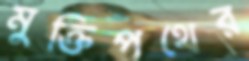
মুক্তিপথের